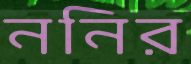
ননির